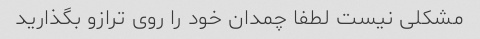
مشکلی نیست لطفا چمدان خود را روی ترازو بگذارید